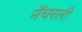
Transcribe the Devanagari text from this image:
नॅचरली